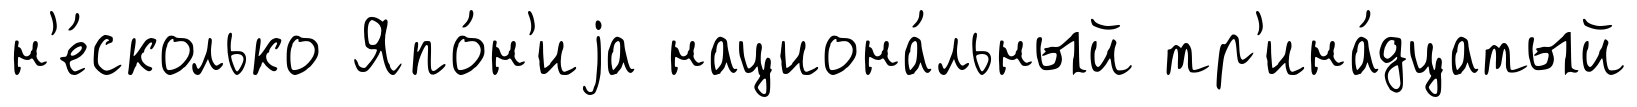
н'е́сколько Япо́н'иjа национа́льный тр'ина́дцатый